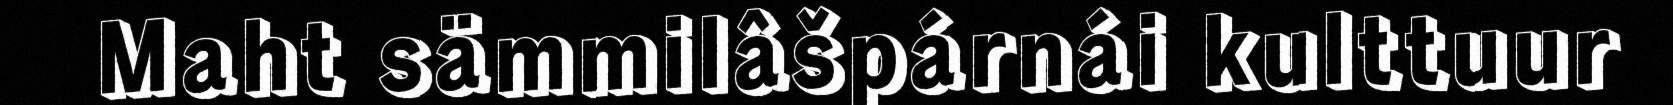
Maht sämmilâšpárnái kulttuur